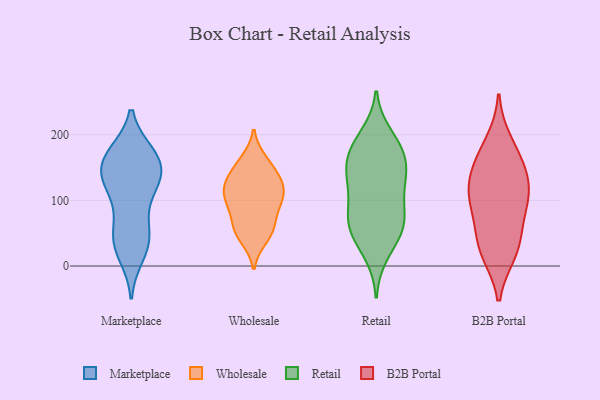
{"axis": {"x": "Headcount", "y": "Value"}, "legend": ["B2B Portal", "Marketplace", "Retail", "Wholesale"], "data": [{"x": "", "y": 29, "type": "Marketplace"}, {"x": "", "y": 130, "type": "Marketplace"}, {"x": "", "y": 159, "type": "Marketplace"}, {"x": "", "y": 34, "type": "Marketplace"}, {"x": "", "y": 71, "type": "Marketplace"}, {"x": "", "y": 128, "type": "Marketplace"}, {"x": "", "y": 17, "type": "Marketplace"}, {"x": "", "y": 49, "type": "Marketplace"}, {"x": "", "y": 171, "type": "Marketplace"}, {"x": "", "y": 171, "type": "Marketplace"}, {"x": "", "y": 49, "type": "Marketplace"}, {"x": "", "y": 163, "type": "Marketplace"}, {"x": "", "y": 111, "type": "Marketplace"}, {"x": "", "y": 150, "type": "Marketplace"}, {"x": "", "y": 132, "type": "Marketplace"}, {"x": "", "y": 124, "type": "Marketplace"}, {"x": "", "y": 168, "type": "Marketplace"}, {"x": "", "y": 160, "type": "Wholesale"}, {"x": "", "y": 126, "type": "Wholesale"}, {"x": "", "y": 53, "type": "Wholesale"}, {"x": "", "y": 93, "type": "Wholesale"}, {"x": "", "y": 94, "type": "Wholesale"}, {"x": "", "y": 154, "type": "Wholesale"}, {"x": "", "y": 126, "type": "Wholesale"}, {"x": "", "y": 61, "type": "Wholesale"}, {"x": "", "y": 43, "type": "Wholesale"}, {"x": "", "y": 58, "type": "Wholesale"}, {"x": "", "y": 140, "type": "Wholesale"}, {"x": "", "y": 115, "type": "Wholesale"}, {"x": "", "y": 111, "type": "Wholesale"}, {"x": "", "y": 101, "type": "Wholesale"}, {"x": "", "y": 104, "type": "Retail"}, {"x": "", "y": 67, "type": "Retail"}, {"x": "", "y": 182, "type": "Retail"}, {"x": "", "y": 64, "type": "Retail"}, {"x": "", "y": 128, "type": "Retail"}, {"x": "", "y": 168, "type": "Retail"}, {"x": "", "y": 183, "type": "Retail"}, {"x": "", "y": 52, "type": "Retail"}, {"x": "", "y": 19, "type": "Retail"}, {"x": "", "y": 129, "type": "Retail"}, {"x": "", "y": 146, "type": "Retail"}, {"x": "", "y": 137, "type": "Retail"}, {"x": "", "y": 79, "type": "Retail"}, {"x": "", "y": 73, "type": "Retail"}, {"x": "", "y": 43, "type": "Retail"}, {"x": "", "y": 199, "type": "Retail"}, {"x": "", "y": 163, "type": "Retail"}, {"x": "", "y": 20, "type": "B2B Portal"}, {"x": "", "y": 189, "type": "B2B Portal"}, {"x": "", "y": 161, "type": "B2B Portal"}, {"x": "", "y": 23, "type": "B2B Portal"}, {"x": "", "y": 158, "type": "B2B Portal"}, {"x": "", "y": 35, "type": "B2B Portal"}, {"x": "", "y": 61, "type": "B2B Portal"}, {"x": "", "y": 133, "type": "B2B Portal"}, {"x": "", "y": 103, "type": "B2B Portal"}, {"x": "", "y": 101, "type": "B2B Portal"}, {"x": "", "y": 123, "type": "B2B Portal"}, {"x": "", "y": 97, "type": "B2B Portal"}]}